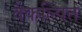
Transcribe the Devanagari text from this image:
वैकल्पित